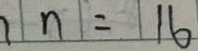
1 n = 1 6